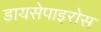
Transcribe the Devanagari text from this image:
डायसेपाइरोस